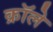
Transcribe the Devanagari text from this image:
क्रॉले